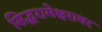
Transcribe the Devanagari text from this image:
सिद्धरामेश्वरावर